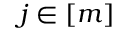
j \in [ m ]